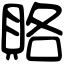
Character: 賂